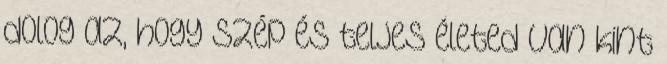
dolog az, hogy szép és teljes életed van kint